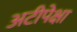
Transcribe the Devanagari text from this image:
अटीपेक्षा